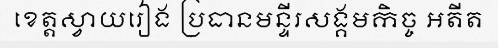
ខេត្តស្វាយរៀង ប្រធានមន្ទីរសង្គមកិច្ច អតីត